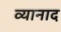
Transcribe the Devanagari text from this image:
व्यानाद